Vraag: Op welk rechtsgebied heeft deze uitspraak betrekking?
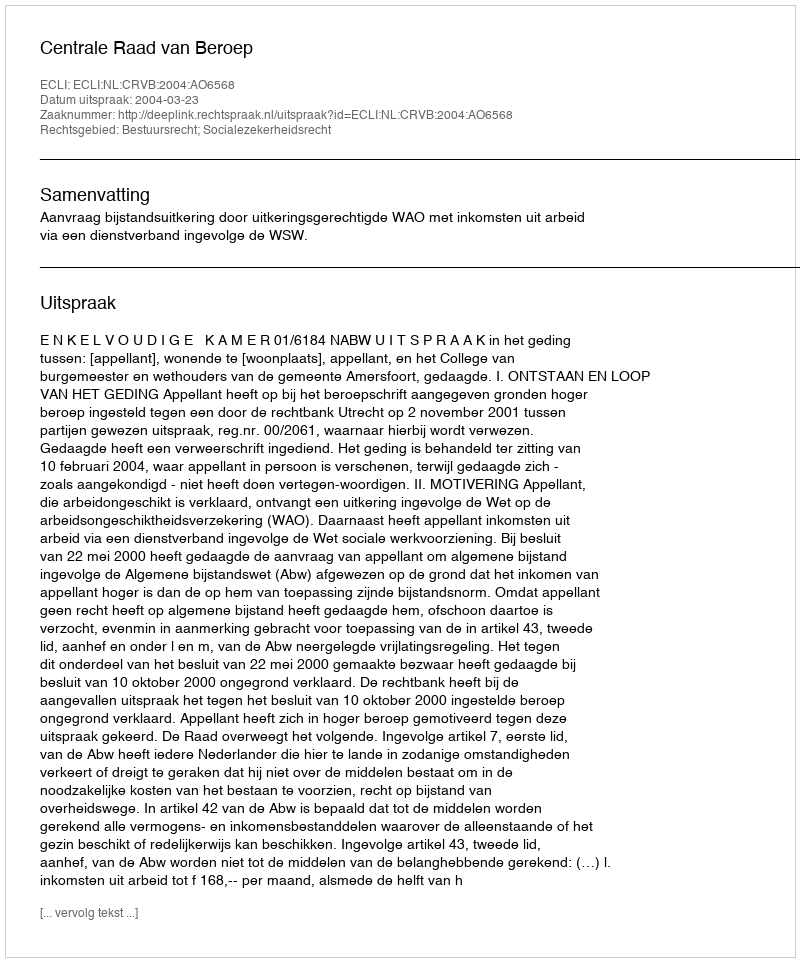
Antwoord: Bestuursrecht; Socialezekerheidsrecht